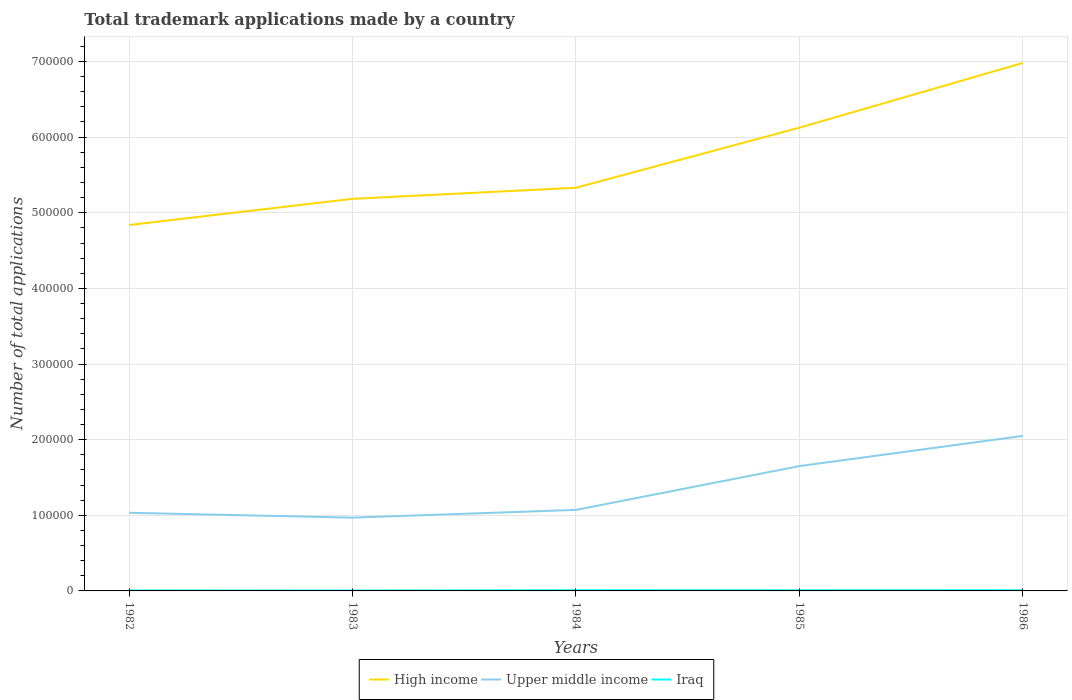
| Years | High income | Upper middle income | Iraq |
 | --- | --- | --- | --- |
 | 1982 | 4.84e+05 | 1.03e+05 | 588 |
 | 1983 | 5.18e+05 | 9.69e+04 | 491 |
 | 1984 | 5.33e+05 | 1.07e+05 | 994 |
 | 1985 | 6.12e+05 | 1.65e+05 | 934 |
 | 1986 | 6.98e+05 | 2.05e+05 | 988 |